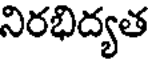
నిరభిద్యత